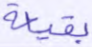
بقيعة